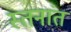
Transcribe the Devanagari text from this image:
स्तनांत